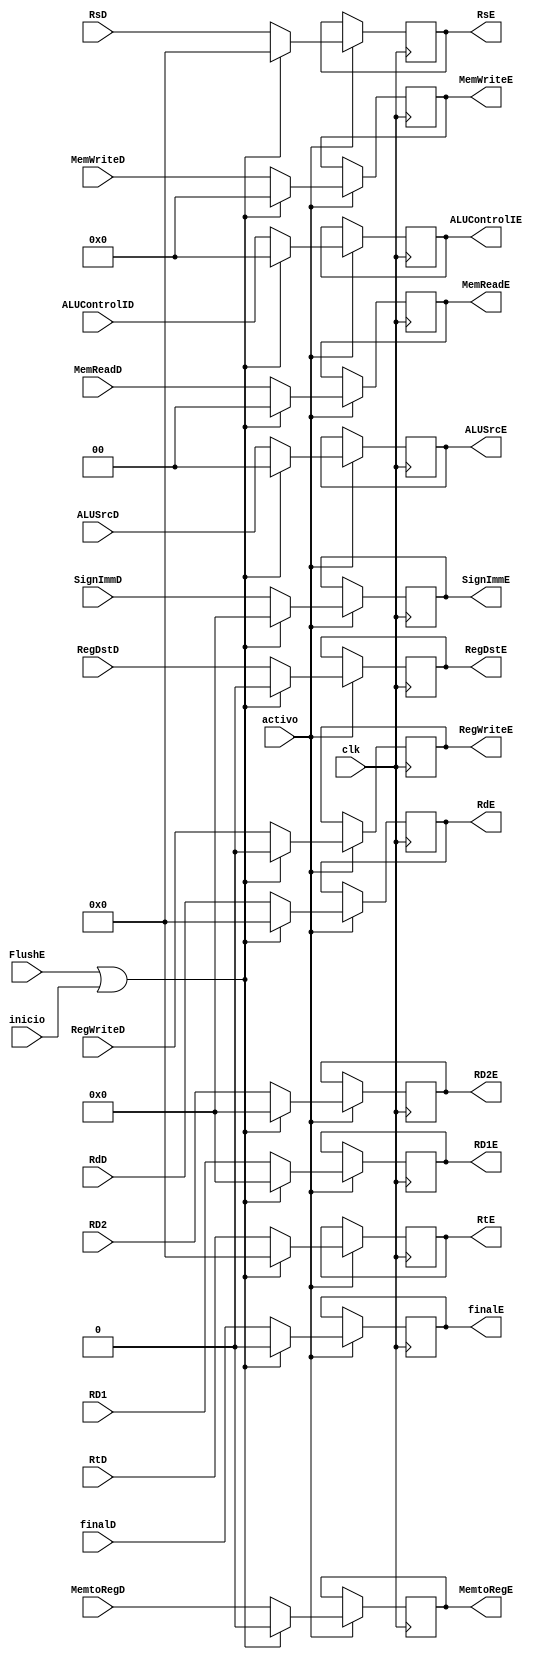
`timescale 1ns / 1ps
//////////////////////////////////////////////////////////////////////////////////
// Company: 
// Engineer: 
// 
// Design Name: 
// Module Name:    Latch_Fin_ID 
// Project Name: 
// Target Devices: 
// Tool versions: 
// Description: 
//
// Dependencies: 
//
// Revision: 
// Revision 0.01 - File Created
// Additional Comments: 
//
//////////////////////////////////////////////////////////////////////////////////
module Latch_Fin_ID(
	input wire [1:0]MemReadD,
	input wire RegWriteD,
	input wire MemtoRegD,
	input wire [3:0]MemWriteD,
	input wire [3:0]ALUControlID,
	input wire [1:0]ALUSrcD,
	input wire RegDstD,
	input wire [31:0]RD1,
	input wire [31:0]RD2,
	input wire [0:4]RsD,
	input wire [0:4]RtD,
	input wire [0:4]RdD,
	input wire [31:0]SignImmD,
	input wire clk,
	input wire FlushE,
	input wire inicio,
	input wire activo,
	input wire finalD,
	output reg [1:0]MemReadE,
	output reg RegWriteE,
	output reg MemtoRegE,
	output reg [3:0]MemWriteE,
	output reg [3:0]ALUControlIE,
	output reg [1:0]ALUSrcE,
	output reg RegDstE,
	output reg [31:0]RD1E,
	output reg [31:0]RD2E,
	output reg [0:4]RsE,
	output reg [0:4]RtE,
	output reg [0:4]RdE,
	output reg [31:0]SignImmE,
	output reg finalE
);

always@(negedge clk)
begin
	if(activo)
	begin
		if(FlushE || inicio)
		begin
			MemReadE <= 0;
			RegWriteE <= 0;
			MemtoRegE <= 0;
			MemWriteE <= 0;
			ALUControlIE <= 0;
			ALUSrcE <= 0;
			RegDstE <= 0;
			RD1E <= 0;
			RD2E <= 0;
			RsE <= 0;
			RtE <= 0;
			RdE <= 0;
			SignImmE <= 0;
			finalE <= 0;
		end
		else
		begin
			MemReadE <= MemReadD;
			RegWriteE <= RegWriteD;
			MemtoRegE <= MemtoRegD;
			MemWriteE <= MemWriteD;
			ALUControlIE <= ALUControlID;
			ALUSrcE <= ALUSrcD;
			RegDstE <= RegDstD;	
			RD1E <= RD1;
			RD2E <= RD2;
			RsE <= RsD;
			RtE <= RtD;
			RdE <= RdD;
			SignImmE <= SignImmD;
			finalE <= finalD;
		end
	end
end

endmodule